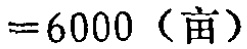
$=6000 \ (\text{亩})$